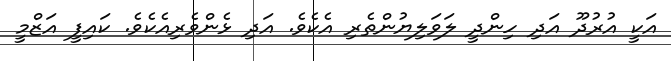
އަކީ އުރުދޫ އަދި ހިންދީ ލަވަލިޔުންތެރި އެކެވެ. އަދި ޅެންވެރިއެކެވެ. ކައިފީ އަޒްމީ